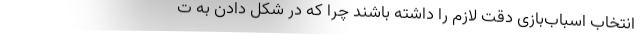
انتخاب اسباب‌بازی دقت لازم را داشته باشند چرا که در شکل دادن به ت